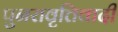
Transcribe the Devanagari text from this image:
पुनरावृत्तिवादी